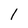
Character: 1